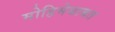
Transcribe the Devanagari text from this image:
मोहिमेबाबत